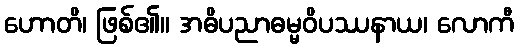
ဟောတိ၊ ဖြစ်၏။ အဓိပညာဓမ္မဝိပဿနာယ၊ လောကီ